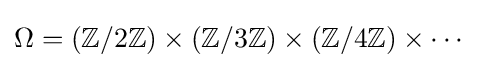
\Omega =\left(\mathbb {Z} /2\mathbb {Z} \right)\times \left(\mathbb {Z} /3\mathbb {Z} \right)\times \left(\mathbb {Z} /4\mathbb {Z} \right)\times \cdots